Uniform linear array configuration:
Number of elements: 24
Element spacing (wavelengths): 0.5
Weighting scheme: hamming
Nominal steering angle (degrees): -15
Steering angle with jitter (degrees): -15.544
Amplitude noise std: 0.05
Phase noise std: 0.05

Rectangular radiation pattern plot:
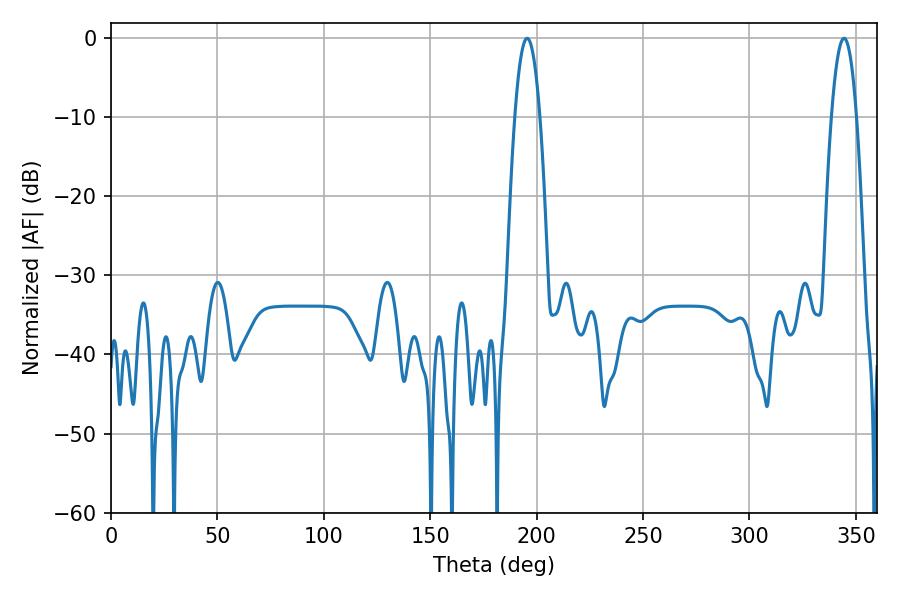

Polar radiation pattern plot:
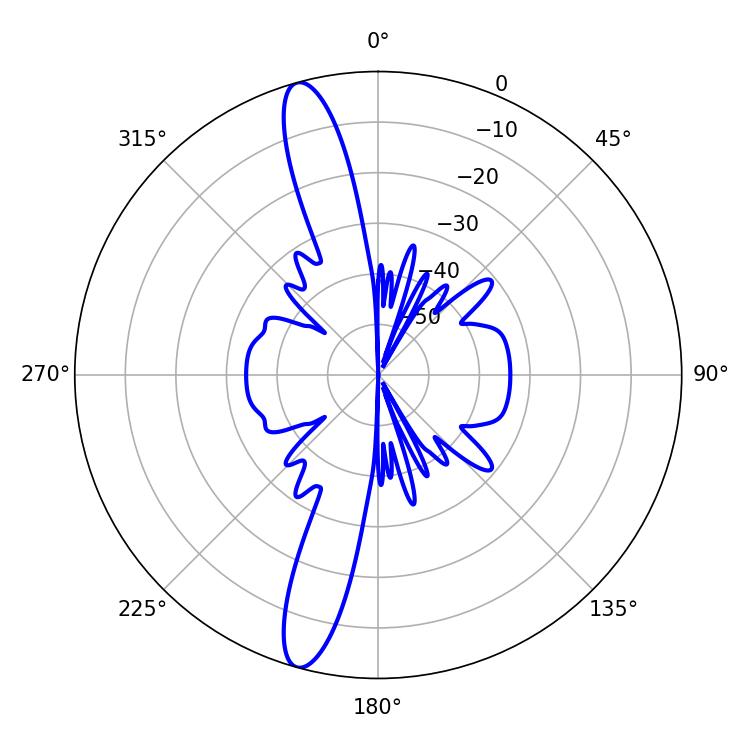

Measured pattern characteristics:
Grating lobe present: FALSE
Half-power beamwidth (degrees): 6.48
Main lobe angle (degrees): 195.48